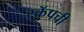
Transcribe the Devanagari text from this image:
स्क्रॅपची